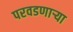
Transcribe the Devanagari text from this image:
परवडणाऱ्या